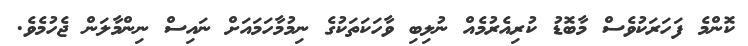
ކޮންމެ ފަހަރަކުވެސް މާބޮޑު ކުރިއެރުމެއް ނުލިބި ވާހަކަތަކުގެ ނިމުމާހަމައަށް ނައިސް ނިންމާލަން ޖެހުމެވެ.